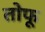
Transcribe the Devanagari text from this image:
तोफू